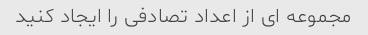
مجموعه ای از اعداد تصادفی را ایجاد کنید